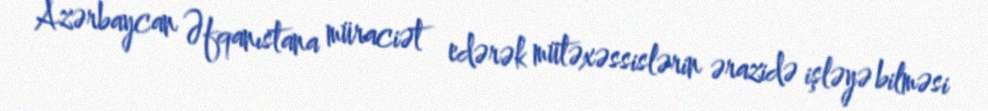
Azərbaycan Əfqanıstana müraciət edərək mütəxəssislərin ərazidə işləyə bilməsi